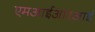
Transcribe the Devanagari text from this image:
एमआईआरआई